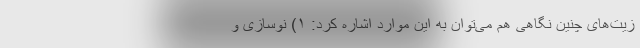
زیت‌های چنین نگاهی هم می‌توان به این موارد اشاره کرد: ۱) نوسازی و